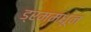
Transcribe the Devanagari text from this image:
ड्रममधून